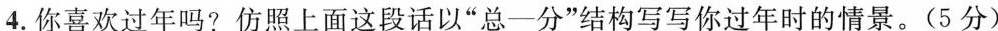
4.你喜欢过年吗?仿照上面这段话以”总-分”结构写写你过年时的情景。(5分)